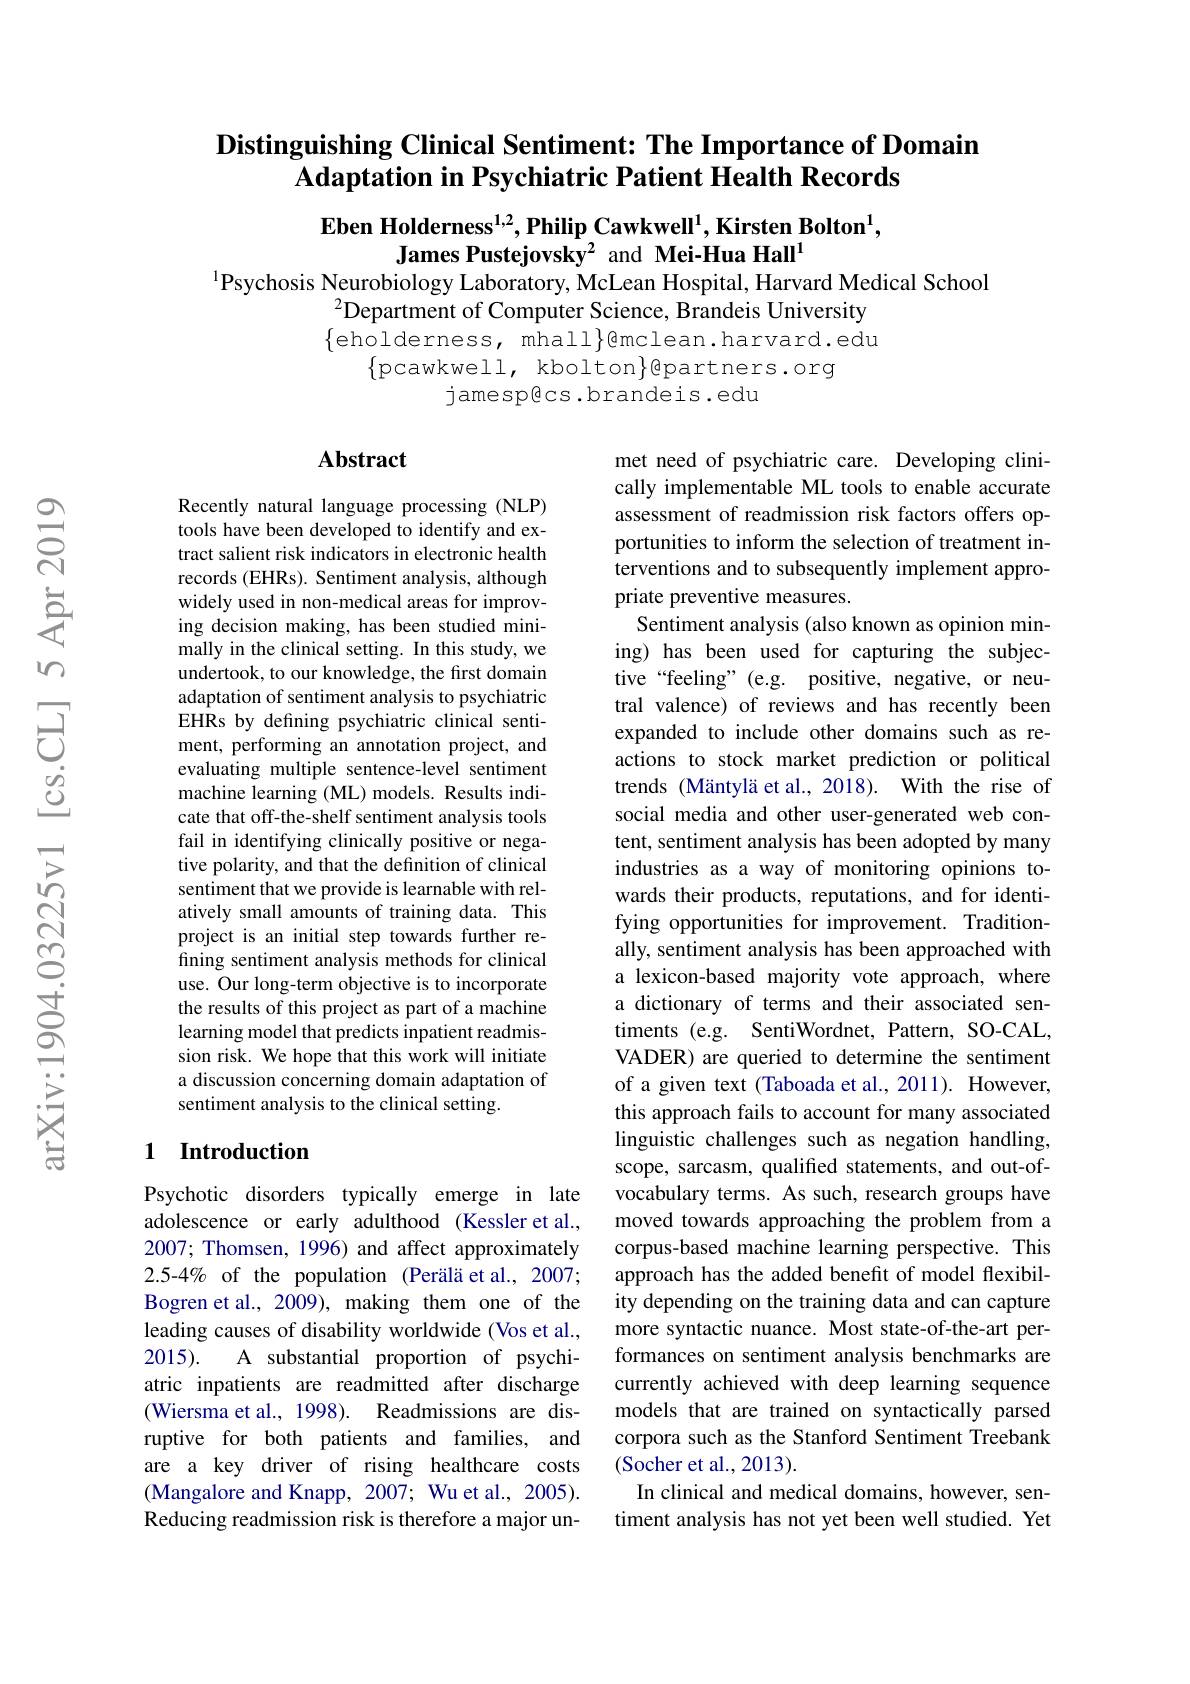
## $\textbf{Distinguishing Clinical Sentiment: The Importance of Domain}$ Adaptation in Psychiatric Patient Health Records

Eben Holderness$^{1,2},\textbf{Philip Cawkwell}^{1},\textbf{Kirsten Bolton}^{1}$,
James Pustejovsky$^{2}$ and Mei-Hua Hall$^{1}$
1Psychosis Neurobiology Laboratory, McLean Hospital, Harvard Medical School

$^{2}$Department of Computer Science, Brandeis University $\{$eholderness, mhall$\}$@mclean.harvard.edu
$\{$pcawkwell, kbolton$\}$epartners.org
jamespêcs.brandeis.edu

## Abstract

Recently natural language processing (NLP) tools have been developed to identify and extract salient risk indicators in electronic health records (EHRs). Sentiment analysis, although widely used in non-medical areas for improving decision making, has been studied minimally in the clinical setting. In this study, we undertook, to our knowledge, the first domain adaptation of sentiment analysis to psychiatric EHRs by defining psychiatric clinical sentiment, performing an annotation project, and evaluating multiple sentence-level sentiment machine learning (ML) models. Results indicate that off-the-shelf sentiment analysis tools fail in identifying clinically positive or negative polarity, and that the definition of clinical sentiment that we provide is learnable with relatively small amounts of training data. This project is an initial step towards further refining sentiment analysis methods for clinical use. Our long-term objective is to incorporate the results of this project as part of a machine learning model that predicts inpatient readmission risk. We hope that this work will initiate a discussion concerning domain adaptation of sentiment analysis to the clinical setting.

met need of psychiatric care. Developing clinically implementable ML tools to enable accurate assessment of readmission risk factors offers opportunities to inform the selection of treatment interventions and to subsequently implement appropriate preventive measures.
Sentiment analysis (also known as opinion mining) has been used for capturing the subjective“feeling”(e.g. positive, negative, or neutral valence) of reviews and has recently been expanded to include other domains such as reactions to stock market prediction or political trends (Mäntylä et al., 2018). With the rise of social media and other user-generated web content, sentiment analysis has been adopted by many industries as a way of monitoring opinions towards their products, reputations, and for identifying opportunities for improvement. Traditionally, sentiment analysis has been approached with a lexicon-based majority vote approach, where a dictionary of terms and their associated sentiments (e.g. SentiWordnet, Pattern, SO-CAL, VADER) are queried to determine the sentiment of a given text (Taboada et al., 2011). However, this approach fails to account for many associated linguistic challenges such as negation handling, scope, sarcasm, qualified statements, and out-ofvocabulary terms. As such, research groups have moved towards approaching the problem from a corpus-based machine learning perspective. This approach has the added benefit of model flexibility depending on the training data and can capture more syntactic nuance. Most state-of-the-art performances on sentiment analysis benchmarks are currently achieved with deep learning sequence models that are trained on syntactically parsed corpora such as the Stanford Sentiment Treebank (Socher et al., 2013).
In clinical and medical domains, however, sentiment analysis has not yet been well studied. Yet

### 1 Introduction

Psychotic disorders typically emerge in late adolescence or early adulthood (Kessler et al., 2007; Thomsen, 1996) and affect approximately 2.5-4% of the population (Perälä et al., 2007; Bogren et al., 2009), making them one of the leading causes of disability worldwide (Vos et al., 2015).
A substantial proportion of psychi-
atric inpatients are readmitted after discharge (Wiersma et al., 1998). Readmissions are disruptive for both patients and families, and are a key driver of rising healthcare costs (Mangalore and Knapp, 2007; Wu et al., 2005). Reducing readmission risk is therefore a major un-